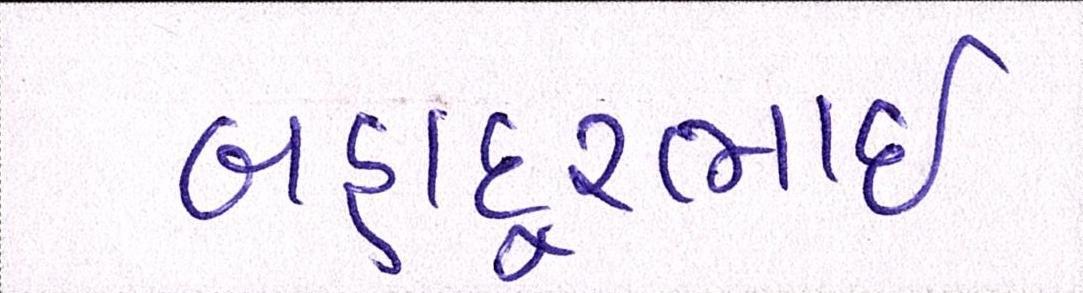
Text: બહાદૂરભાઇ